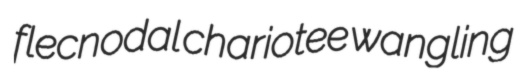
flecnodal chariotee wangling